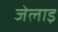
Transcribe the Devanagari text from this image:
जेलाइ